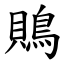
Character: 鵙